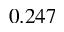
0 . 2 4 7